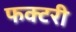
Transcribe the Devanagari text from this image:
फक्टरी